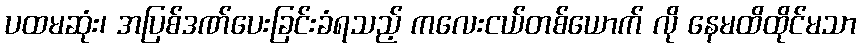
ပထမဆုံး၊ အပြစ်ဒဏ်ပေးခြင်းခံရသည့် ကလေးငယ်တစ်ယောက် လို နေမထိထိုင်မသာ